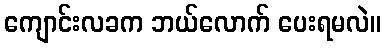
ကျောင်းလခက ဘယ်လောက် ပေးရမလဲ။